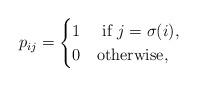
LaTeX: \begin{align*} p_{ij} = \begin{cases} 1 & \mbox{ if } j = \sigma(i), \cr 0 & \mbox{otherwise,} \end{cases}\end{align*}